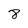
Character: 8